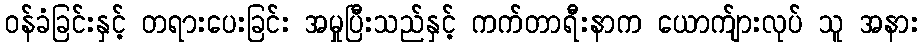
ဝန်ခံခြင်းနှင့် တရားပေးခြင်း အမှုပြီးသည်နှင့် ကက်တာရီးနာက ယောက်ျားလုပ် သူ အနား